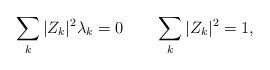
LaTeX: \begin{align*} \sum_{k}|Z_{k}|^{2}\lambda_{k} = 0 \qquad \sum_{k}|Z_{k}|^{2} = 1, \end{align*}